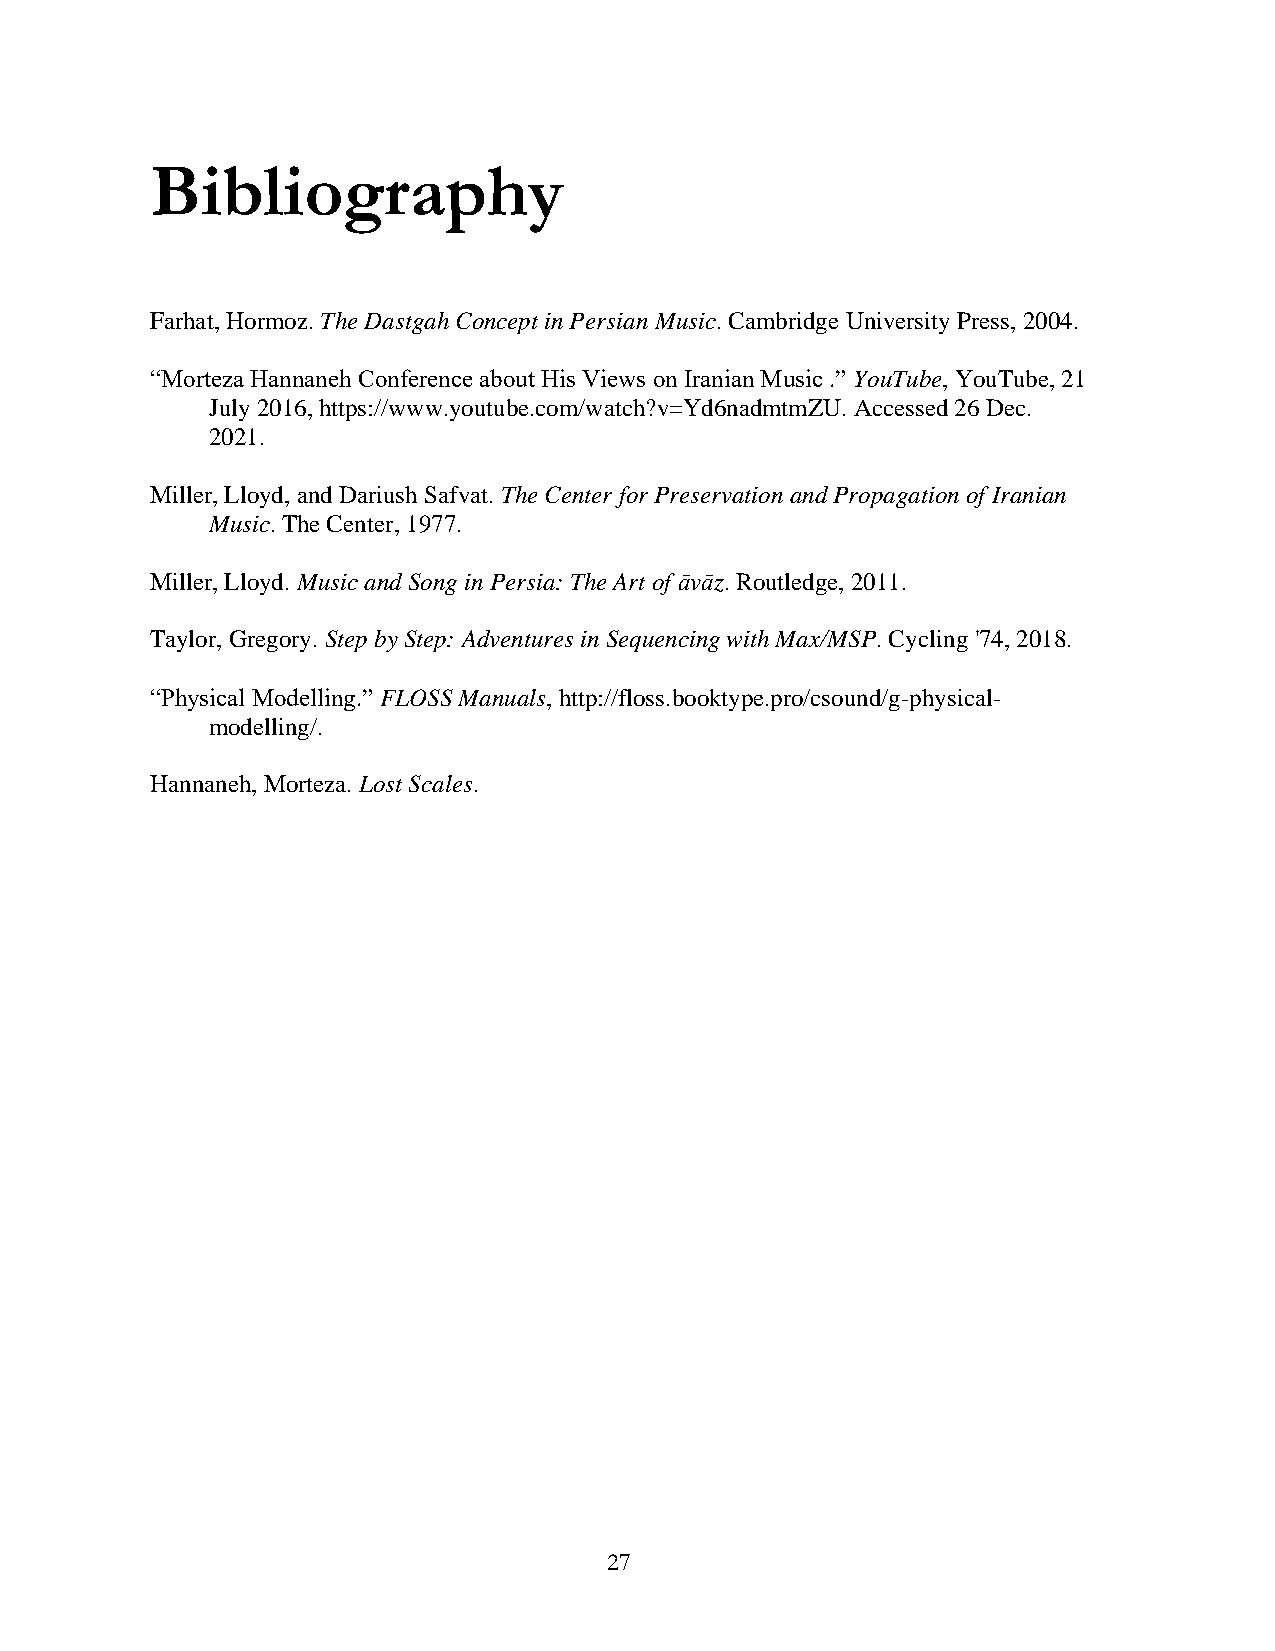
Bibliography
 Farhat, Hormoz. The Dastgah Concept in Persian Music. Cambridge University Press, 2004.
 “Morteza Hannaneh Conference about His Views on Iranian Music .” YouTube, YouTube, 21
 July 2016, https://www.youtube.com/watch?v=Yd6nadmtmZU. Accessed 26 Dec.
 2021.
 Miller, Lloyd, and Dariush Safvat. The Center for Preservation and Propagation of Iranian
 Music. The Center, 1977.
 Miller, Lloyd. Music and Song in Persia: The Art of āvāz. Routledge, 2011.
 Taylor, Gregory. Step by Step: Adventures in Sequencing with Max/MSP. Cycling '74, 2018.
 “Physical Modelling.” FLOSS Manuals, http://floss.booktype.pro/csound/g-physical-
 modelling/.
 Hannaneh, Morteza. Lost Scales.
 27